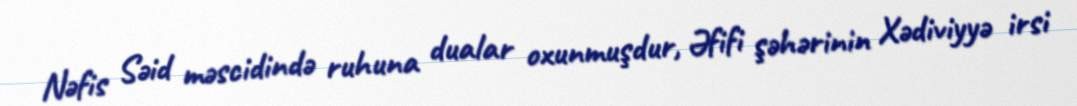
Nəfis Səid məscidində ruhuna dualar oxunmuşdur, Əfifi şəhərinin Xədiviyyə irsi